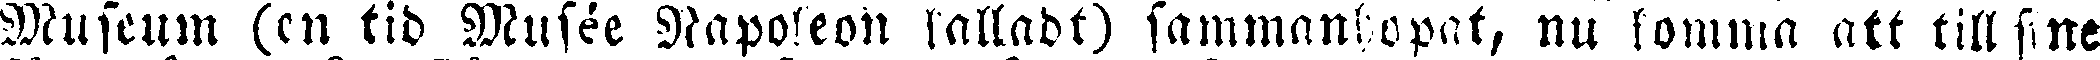
Museum (en tid Musée Napoleon kalladt) sammanlopat, nu komma att till sine